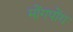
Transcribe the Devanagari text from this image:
मोंगपोंग